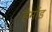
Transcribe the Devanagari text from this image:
हैमोंड